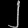
Digit: ၂